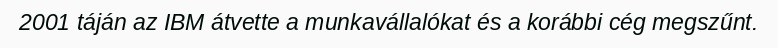
2001 táján az IBM átvette a munkavállalókat és a korábbi cég megszűnt.